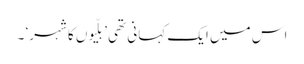
اس میں ایک کہانی تھی ’بلّیوں کا شہر‘ ۔